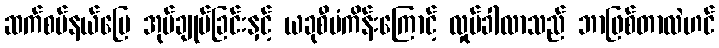
ဆက်စပ်နယ်မြေ အုပ်ချုပ်ခြင်းနှင့် ယခုစီမံကိန်းကြောင့် လှုပ်ခါလာသည် ဘာဖြစ်တာလဲဟင်